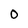
Character: O